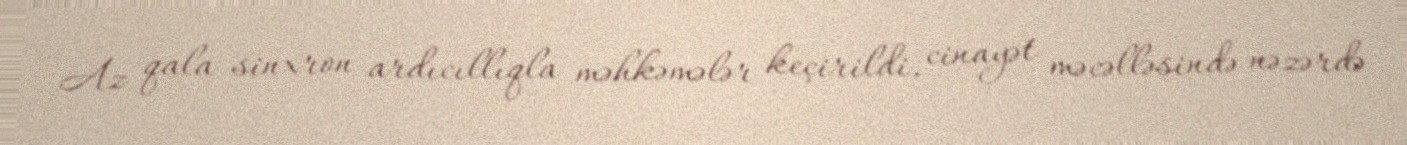
Az qala sinxron ardıcıllıqla məhkəmələr keçirildi, cinayət məcəlləsində nəzərdə